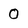
Character: 0